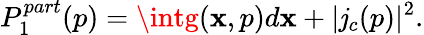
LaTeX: P_{1}^{part}(p)=\intg(\mathbf{x},p)d\mathbf{x}+|\mathit{j}_{c}(p)|^{2}.